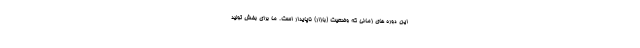
این دوره های زمانی که وضعیت (بازار) ناپایدار است. ما برای بخش تولید